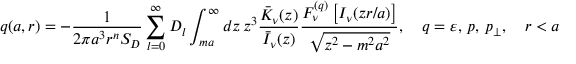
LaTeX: q ( a , r ) = - \frac { 1 } { 2 \pi a ^ { 3 } r ^ { n } S _ { D } } \sum _ { l = 0 } ^ { \infty } D _ { l } \int _ { m a } ^ { \infty } d z \, z ^ { 3 } \frac { \bar { K } _ { \nu } ( z ) } { \bar { I } _ { \nu } ( z ) } \frac { F _ { \nu } ^ { ( q ) } \left[ I _ { \nu } ( z r / a ) \right] } { \sqrt { z ^ { 2 } - m ^ { 2 } a ^ { 2 } } } , \quad q = \varepsilon , \, p , \, p _ { \perp } , \quad r < a ,